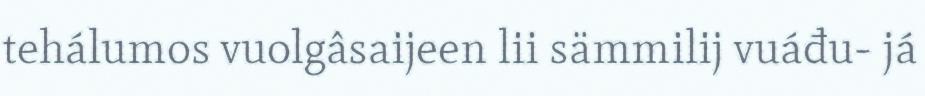
tehálumos vuolgâsaijeen lii sämmilij vuáđu- já